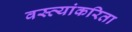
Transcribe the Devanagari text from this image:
वस्त्यांकरिता